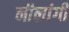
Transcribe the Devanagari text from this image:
नीलांगी